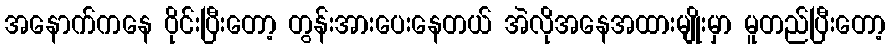
အနောက်ကနေ ဝိုင်းပြီးတော့ တွန်းအားပေးနေတယ် အဲလိုအနေအထားမျိုးမှာ မူတည်ပြီးတော့